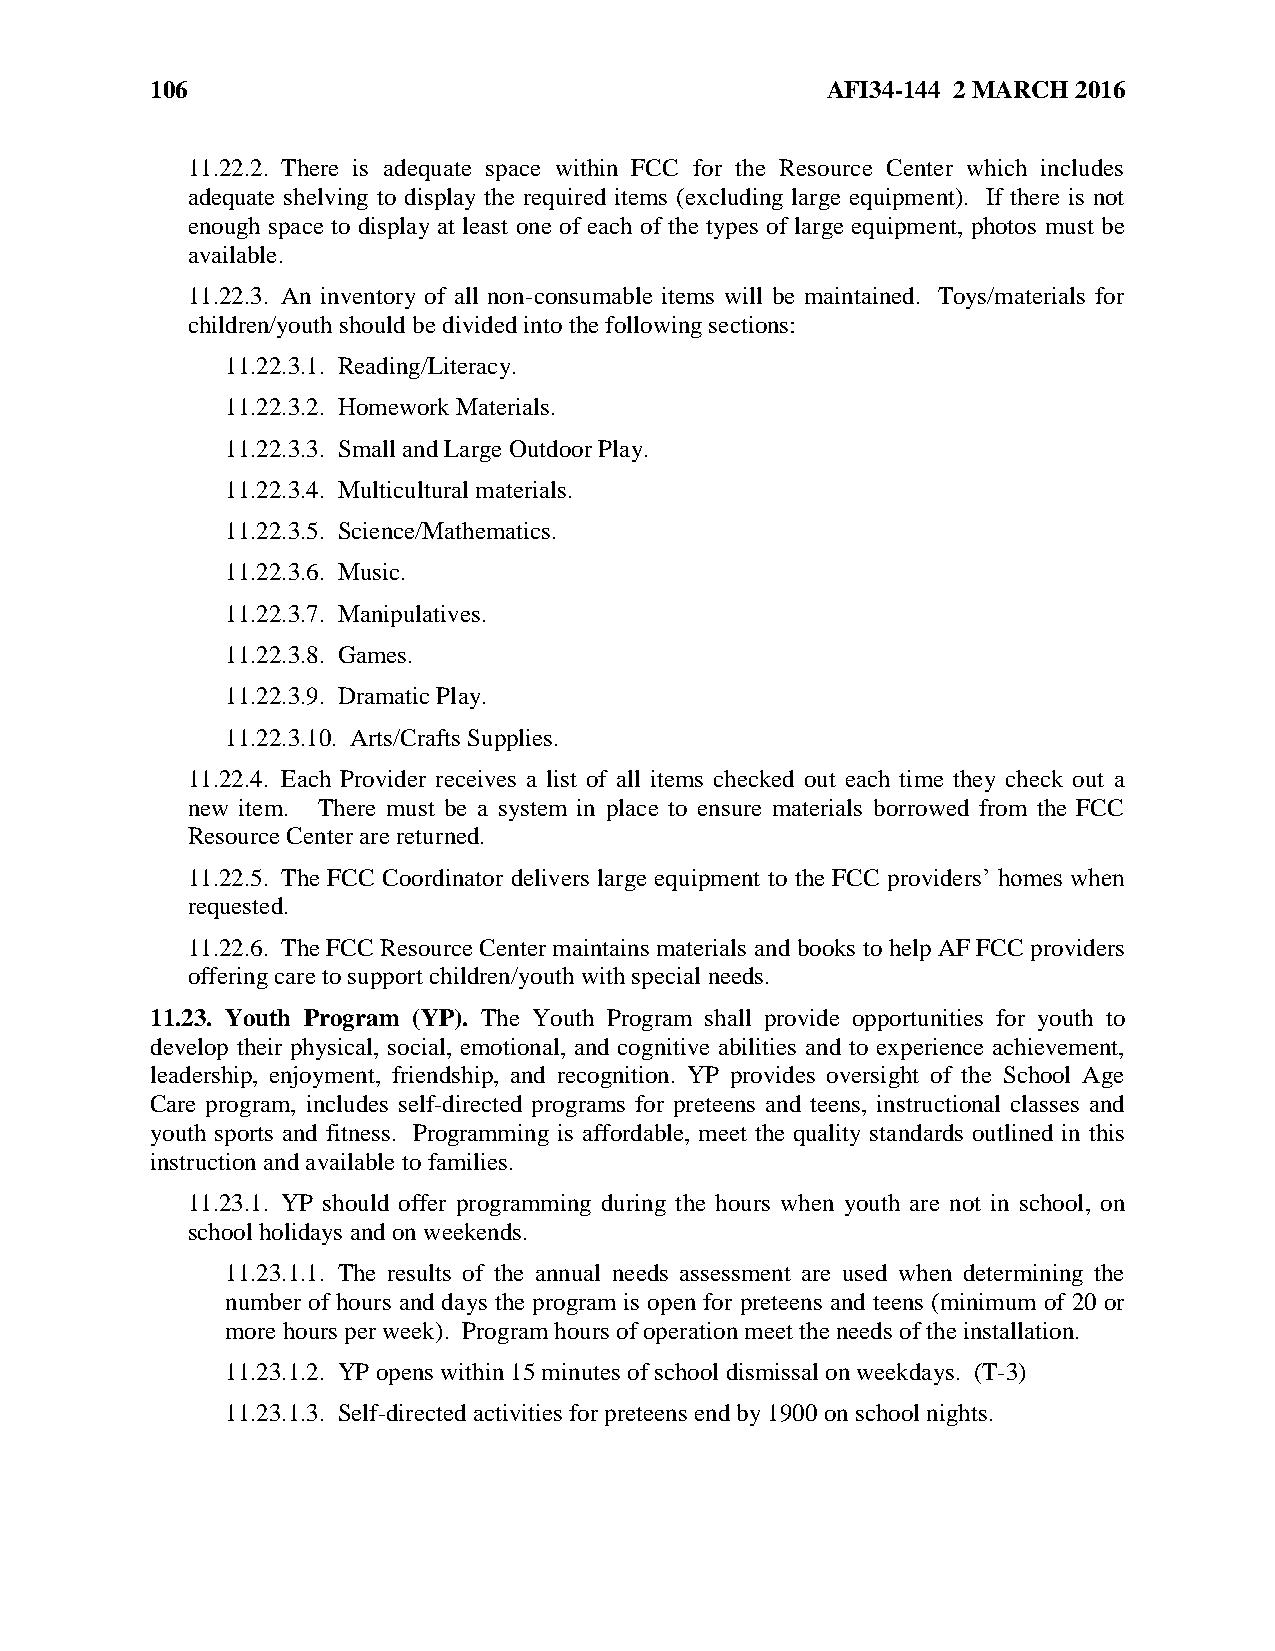
106                                          AFI34-144 2 MARCH 2016
 11.22.2. There is adequate space within FCC for the Resource Center which includes
 adequate shelving to display the required items (excluding large equipment). If there is not
 enough space to display at least one of each of the types of large equipment, photos must be
 available.
 11.22.3. An inventory of all non-consumable items will be maintained. Toys/materials for
 children/youth should be divided into the following sections:
 11.22.3.1. Reading/Literacy.
 11.22.3.2. Homework Materials.
 11.22.3.3. Small and Large Outdoor Play.
 11.22.3.4. Multicultural materials.
 11.22.3.5. Science/Mathematics.
 11.22.3.6. Music.
 11.22.3.7. Manipulatives.
 11.22.3.8. Games.
 11.22.3.9. Dramatic Play.
 11.22.3.10. Arts/Crafts Supplies.
 11.22.4. Each Provider receives a list of all items checked out each time they check out a
 new item. There must be a system in place to ensure materials borrowed from the FCC
 Resource Center are returned.
 11.22.5. The FCC Coordinator delivers large equipment to the FCC providers’ homes when
 requested.
 11.22.6. The FCC Resource Center maintains materials and books to help AF FCC providers
 offering care to support children/youth with special needs.
 11.23. Youth Program (YP). The Youth Program shall provide opportunities for youth to
 develop their physical, social, emotional, and cognitive abilities and to experience achievement,
 leadership, enjoyment, friendship, and recognition. YP provides oversight of the School Age
 Care program, includes self-directed programs for preteens and teens, instructional classes and
 youth sports and fitness. Programming is affordable, meet the quality standards outlined in this
 instruction and available to families.
 11.23.1. YP should offer programming during the hours when youth are not in school, on
 school holidays and on weekends.
 11.23.1.1. The results of the annual needs assessment are used when determining the
 number of hours and days the program is open for preteens and teens (minimum of 20 or
 more hours per week). Program hours of operation meet the needs of the installation.
 11.23.1.2. YP opens within 15 minutes of school dismissal on weekdays. (T-3)
 11.23.1.3. Self-directed activities for preteens end by 1900 on school nights.